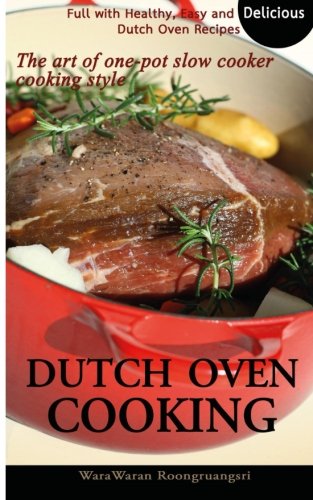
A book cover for Dutch Oven Cooking: Full with Healthy, Easy and Delicious Dutch Oven Recipes, The art of one-pot slow cooker cooking style; WaraWaran Roongruangsri; Cookbooks, Food & Wine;